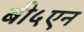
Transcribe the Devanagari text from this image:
बी५एन